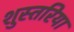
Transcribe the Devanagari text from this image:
शुस्तरिया